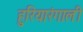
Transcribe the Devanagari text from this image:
हुरियारंगाली